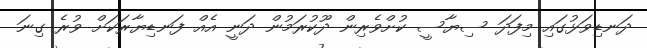
ދަނޑިވަޅުގައި މިފަދަ ސިޔާސީ ކުށްވެރިން ދޫކުރަމުން ދަނީ އެއް ފަނޑިޔާރަކަށް ވުރެ ގިނަ